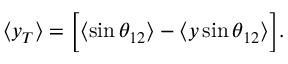
\langle y _ { T } \rangle = \Big [ \langle \sin \theta _ { 1 2 } \rangle - \langle y \sin \theta _ { 1 2 } \rangle \Big ] .